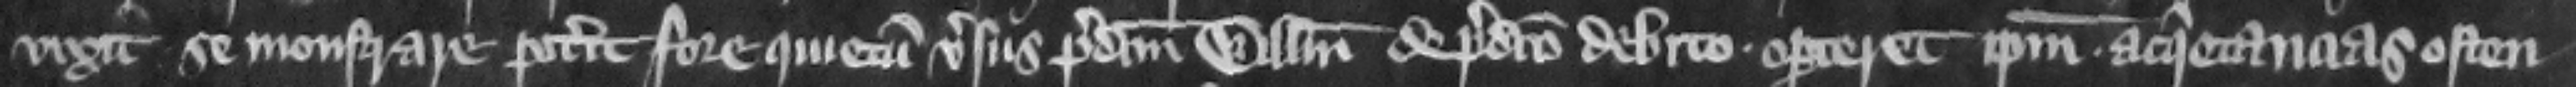
vixit se monstrare poterit fore quietum versus predictum Willelmum de predicto debito oporteret ipsum acquietancias osten